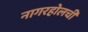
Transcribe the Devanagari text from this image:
नागरहोलची